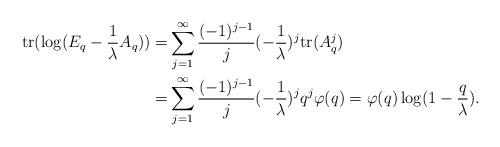
LaTeX: \begin{align*}\mathrm{tr} (\log (E_q-\frac{1}{\lambda} A_q ))=& \sum_{j=1}^\infty \frac{(-1)^{j-1}}{j} (-\frac{1}{\lambda})^j \mathrm{tr} (A_q^j) \\=& \sum_{j=1}^\infty \frac{(-1)^{j-1}}{j} (-\frac{1}{\lambda})^j q^j \varphi(q) = \varphi(q) \log(1-\frac{q}{\lambda}).\end{align*}